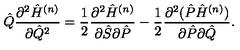
{ \hat { Q } } \frac { \partial ^ { 2 } { \hat { H } } ^ { ( n ) } } { \partial { \hat { Q } } ^ { 2 } } = \frac { 1 } { 2 } \frac { \partial ^ { 2 } { \hat { H } } ^ { ( n ) } } { \partial { \hat { S } } \partial { \hat { P } } } - \frac { 1 } { 2 } \frac { \partial ^ { 2 } ( { \hat { P } } { \hat { H } } ^ { ( n ) } ) } { \partial { \hat { P } } \partial { \hat { Q } } } .